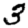
Digit: 3